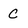
Character: C